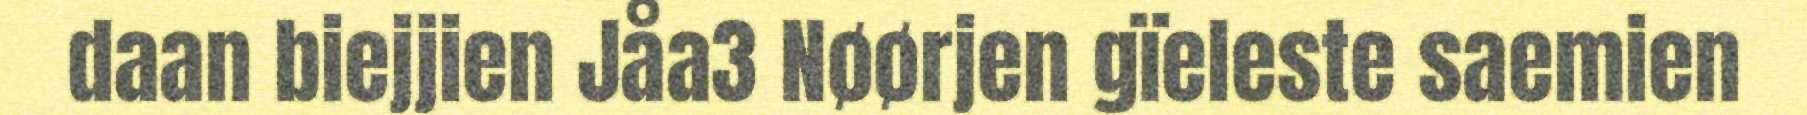
daan biejjien Jåa3 Nøørjen gïeleste saemien